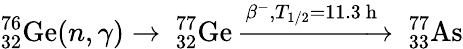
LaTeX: ^{76}_{32}\mathrm{Ge}(n,\gamma)\rightarrow\ _{32}^{77}\mathrm{Ge}\xrightarrow{\beta^{-},T_{1/2}=11.3\mathrm{~h~}}\ _{33}^{77}\mathrm{As}